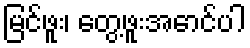
မြင်ဖူး၊ တွေ့ဖူးအောင်ပါ